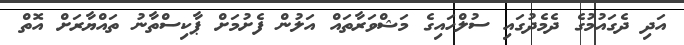
އަދި ދެގައުމުގެ ދެމެދުގައި ސުލްހައިގެ މަޝްވަރާތައް އަލުން ފެށުމަށް ޕާކިސްތާނު ތައްޔާރަށް އޮތް